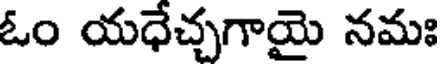
ఓం యధేచ్చగాయై నమః